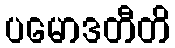
ပမောဒတီတိ